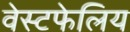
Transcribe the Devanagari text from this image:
वेस्टफेलिय